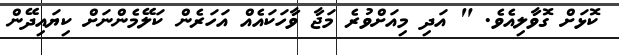
ކޮޅަށް ގޮވާލިއެވެ. " އަދި މިއަށްވުރެ މަޖާ ވާހަކައެއް އަހަރެން ކަލޭމެންނަށް ކިޔައިދޭން